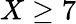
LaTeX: X\geq 7